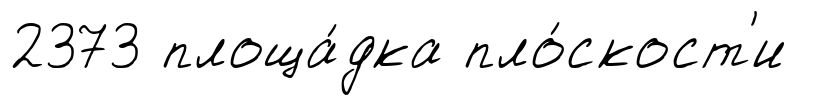
2373 площа́дка пло́скост'и